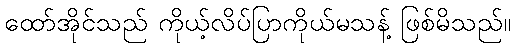
ထော်အိုင်သည် ကိုယ့်လိပ်ပြာကိုယ်မသန့် ဖြစ်မိသည်။